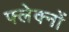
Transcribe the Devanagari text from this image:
फ्लेक्नों